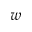
w